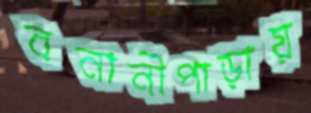
বনানীপাড়ায়